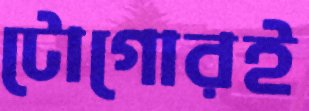
টোগোরই